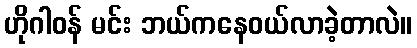
ဟိုဂါဝန် မင်း ဘယ်ကနေဝယ်လာခဲ့တာလဲ။